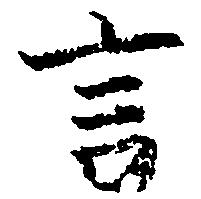
言